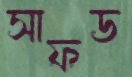
সাফড